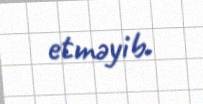
etməyib.